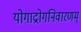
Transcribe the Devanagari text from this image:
योगाद्रोगनिवारणम्